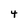
Character: 4